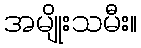
အမျိုးသမီး။